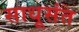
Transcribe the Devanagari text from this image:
साधूसंत